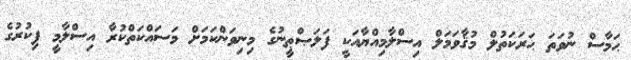
ޙަމާސް ނުވަތަ ޙަރަކަތުލް މުޤާވަމަލް އިސްލާމިއްޔާއަކީ ފަލަޞްޠީނުގެ މިނިވަންކަމަށް މަސައްކަތްކުރާ އިސްލާމީ ފިކުރުގެ